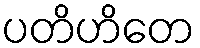
ပတိဟိတေ